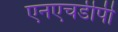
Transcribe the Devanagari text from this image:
एनएचडीपी